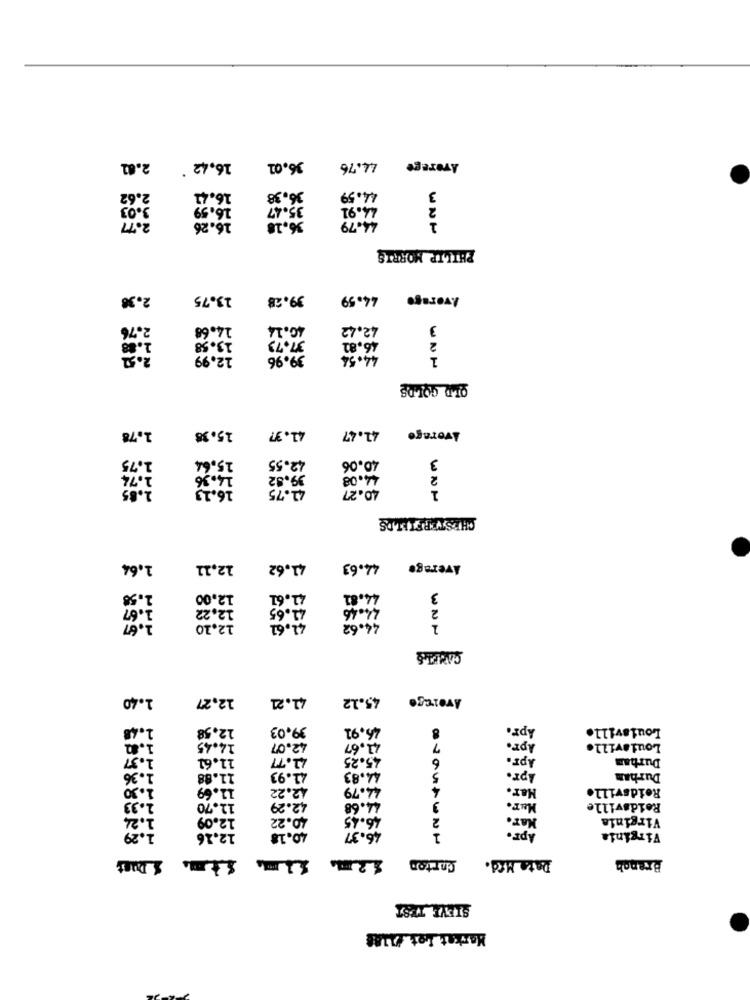
2.82
16.42 '
36.01
44.76
Average
2.62
16.41
36.38
11.59
3
3.03
16.59
35.47
44.91
2
36.18
2.77
16.26
44.79
1
PHILIP MORRIS
2.38
13.75
39.28
44.59
Average
2.76
14.68
40.14
42.42
3
31.73
1.88
13.58
46,82
2
2.52
12.99
39.96
44.54
1
OLD GOLDS
Average
1.78
15.38
41.37
41.47
1,75
42.55
3
15,64
40.06
1.74
14.36
39.82
44.08
2
2.85
16.13
41.75
40.27
1
CHESTERFIELDS
1,64
12,11
41.62
44.63
Average
1.58
12.00
41.61
44.81
3
1.67
12,22
4.65
44.46
2
1.67
12,10
41.61
44.62
1
1.40
12,27
41.21
45.12
Average
1.48
12.58
39,03
46.91
8
Apr.
Louisville
1.62
14.45
42.07
41.67
7
Apr.
Louisville
1.37
11.61
41.77
45.25
6
Apr.
Durham
1.36
11.88
41.93
44.83
5
Apr.
Durham
1.30
11.69
42.22
44.79
4
Har.
Reidsville
1.33
11.70
42.29
44.68
3
Mar.
Reidsville
1.24
12.09
10.22
46.45
2
Mar.
Virginia
APE.
1.29
12.16
40.18
46.37
Virginia
Star Dust
Carton
Data Med.
Branch
STEVE_TEST
Markat Lot Duas